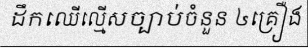
ដឹកឈើល្មើសច្បាប់ចំនួន ៤គ្រឿង